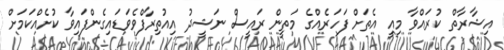
އިޝާރާތް ކުރައްވާ މިއީ އެތަށް ފަހަރެއްގެ މަތީން ރައީސް ނަޝީދު އިއުތިރާފްވެވަޑައިގެންފައިވާ ކުށެއްކަމަށް